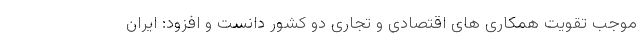
موجب تقویت همکاری های اقتصادی و تجاری دو کشور دانست و افزود: ایران